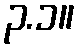
၃.၁။